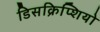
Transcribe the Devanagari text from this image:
डिसक्रिप्शियो